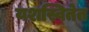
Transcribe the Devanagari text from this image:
यशस्वितेत